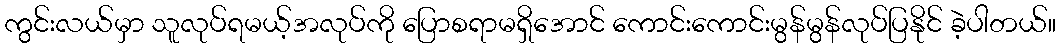
ကွင်းလယ်မှာ သူလုပ်ရမယ့်အလုပ်ကို ပြောစရာမရှိအောင် ကောင်းကောင်းမွန်မွန်လုပ်ပြနိုင် ခဲ့ပါတယ်။